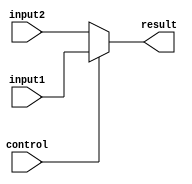
module fivebitmux(input[4:0] input1, input2,
	input control,
	output [4:0] result);
	
	assign result = (control == 1'b1) ? input1 : input2;
	
endmodule